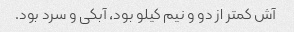
آش کمتر از دو و نیم کیلو بود، آبکی و سرد بود.